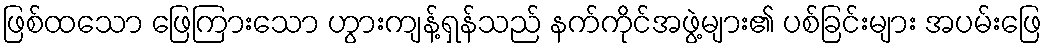
ဖြစ်ထသော ဖြေကြားသော ဟွားကျန့်ရှန်သည် နက်ကိုင်အဖွဲ့များ၏ ပစ်ခြင်းများ အပမ်းဖြေ